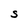
Character: S